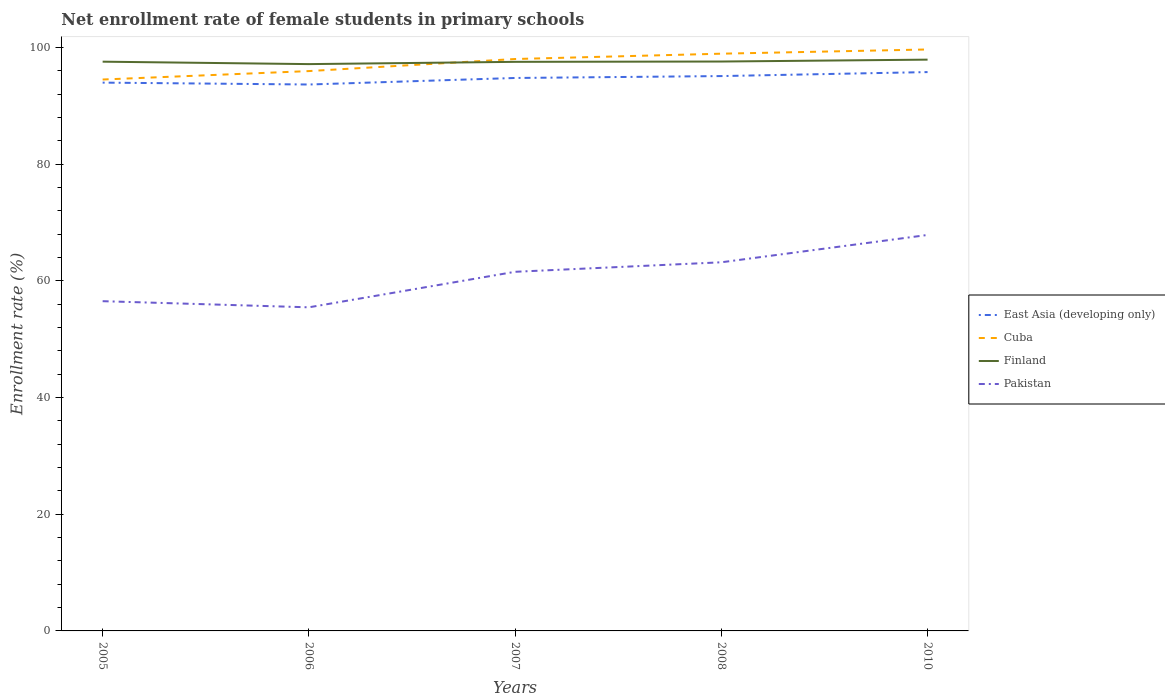
| Years | East Asia (developing only) | Cuba | Finland | Pakistan |
 | --- | --- | --- | --- | --- |
 | 2005 | 94 | 94.5 | 97.6 | 56.5 |
 | 2006 | 93.7 | 96 | 97.2 | 55.5 |
 | 2007 | 94.8 | 98 | 97.5 | 61.6 |
 | 2008 | 95.1 | 98.9 | 97.6 | 63.2 |
 | 2010 | 95.8 | 99.7 | 97.9 | 67.9 |